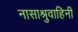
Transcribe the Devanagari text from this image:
नासाश्रुवाहिनी